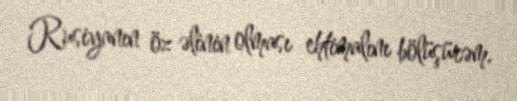
Rusiyanın öz əlinin olması ehtimalını bölüşürəm.